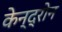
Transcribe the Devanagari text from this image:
केन्द्रोन